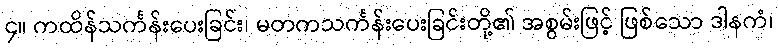
၄။ ကထိန်သင်္ကန်းပေးခြင်း၊ မတကသင်္ကန်းပေးခြင်းတို့၏ အစွမ်းဖြင့် ဖြစ်သော ဒါနကံ၊